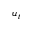
u _ { t }